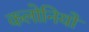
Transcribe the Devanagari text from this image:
कलोनियों